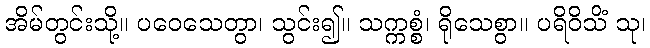
အိမ်တွင်းသို့။ ပဝေသေတွာ၊ သွင်း၍။ သက္ကစ္စံ၊ ရိုသေစွာ။ ပရိဝိသိံ သု၊